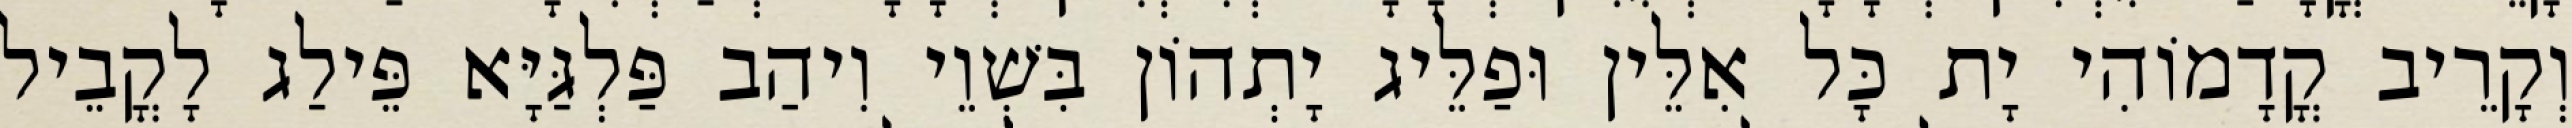
וְקָרֵיב קֳדָמוֹהִי יָת כָּל אִלֵּין וּפַלֵּיג יָתְהוֹן בִּשְׁוֵי וִיהַב פַּלְגַּיָּא פֵּילַג לָקֳבֵיל